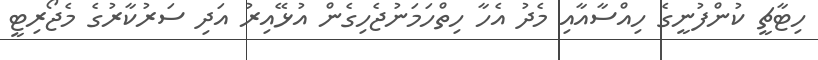
ހިޓާޗީ ކުންފުނީގެ ހިއްސާއާއި މެދު އެހާ ހިތްހަމަނުޖެހިގެން އުޅޭއިރު އަދި ސަރުކާރުގެ މެޖޯރިޓީ